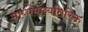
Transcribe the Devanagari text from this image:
माध्यमांव्यतिरिक्त